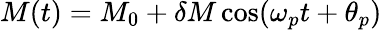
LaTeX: M(t)=M_{0}+\delta M\cos(\omega_{p}t+\theta_{p})